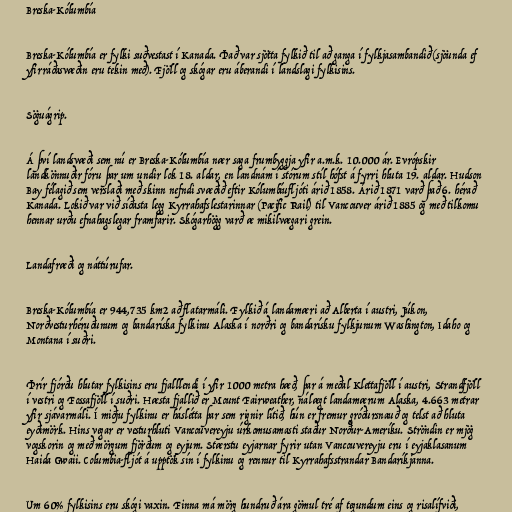
Breska-Kólumbía

Breska-Kólumbía er fylki suðvestast í Kanada. Það var sjötta fylkið til að ganga í fylkjasambandið (sjöunda ef
yfirráðasvæðin eru tekin með). Fjöll og skógar eru áberandi í landslagi fylkisins.

Söguágrip.

Á því landsvæði sem nú er Breska-Kólumbía nær saga frumbyggja yfir a.m.k. 10.000 ár. Evrópskir
landkönnuðir fóru þar um undir lok 18. aldar, en landnám í stórum stíl hófst á fyrri hluta 19. aldar. Hudson
Bay félagið sem verslaði með skinn nefndi svæðið eftir Kólumbíufljóti árið 1858. Árið 1871 varð það 6. hérað
Kanada. Lokið var við síðasta legg Kyrrahafslestarinnar (Pacific Rail) til Vancouver árið 1885 og með tilkomu
hennar urðu efnahagslegar framfarir. Skógarhögg varð æ mikilvægari grein.

Landafræði og náttúrufar.

Breska-Kólumbía er 944,735 km2 að flatarmáli. Fylkið á landamæri að Alberta í austri, Júkon,
Norðvesturhéruðunum og bandaríska fylkinu Alaska í norðri og bandarísku fylkjunum Washington, Idaho og
Montana í suðri.

Þrír fjórðu hlutar fylkisins eru fjalllendi í yfir 1000 metra hæð, þar á meðal Klettafjöll í austri, Strandfjöll
í vestri og Fossafjöll í suðri. Hæsta fjallið er Mount Fairweather, nálægt landamærum Alaska, 4.663 metrar
yfir sjávarmáli. Í miðju fylkinu er háslétta þar sem rignir lítið, hún er fremur gróðursnauð og telst að hluta
eyðimörk. Hins vegar er vesturhluti Vancouvereyju úrkomusamasti staður Norður-Ameríku. Ströndin er mjög
vogskorin og með mörgum fjörðum og eyjum. Stærstu eyjarnar fyrir utan Vancouvereyju eru í eyjaklasanum
Haida Gwaii. Columbia-fljót á upptök sín í fylkinu og rennur til Kyrrahafsstrandar Bandaríkjanna.

Um 60% fylkisins eru skógi vaxin. Finna má mörg hundruð ára gömul tré af tegundum eins og risalífviði,